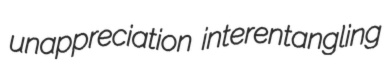
unappreciation interentangling